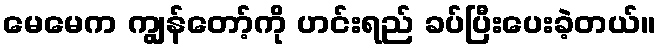
မေမေက ကျွန်တော့်ကို ဟင်းရည် ခပ်ပြီးပေးခဲ့တယ်။